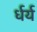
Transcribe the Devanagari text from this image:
र्धर्य